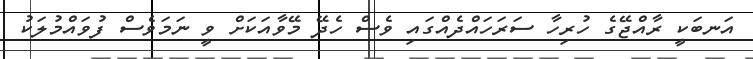
އަނބަކީ ރާއްޖޭގެ ހުރިހާ ސަރަހައްދެއްގައި ވެސް ހެދޭ މޭވާއަކަށް ވީ ނަމަވެސް ފުވައްމުލަކު